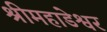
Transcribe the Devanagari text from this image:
श्रीमहाडेश्वर